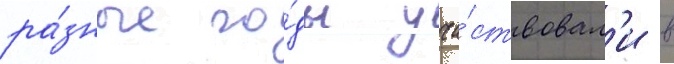
ра́зные го́ды уча́ствовал'и в